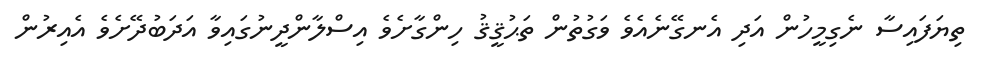
ތިޔަފައިސާ ނެގިމީހުން އަދި އެނގޭނެއެވެ ވަގުތުން ތަޙުޤީޤު ހިންގާށެވެ އިސްލާންދީނުގައިވާ އަދަބުދޭށެވެ އެއިރުން